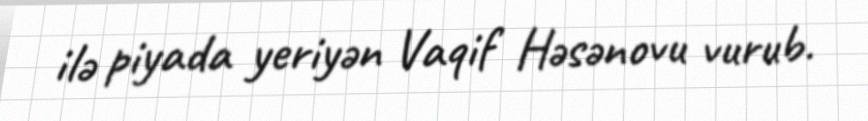
ilə piyada yeriyən Vaqif Həsənovu vurub.